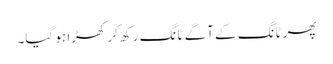
پھر ٹانگ کے آگے ٹانگ رکھ کر کھڑا ہو گیا۔